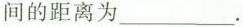
间的距离为___。